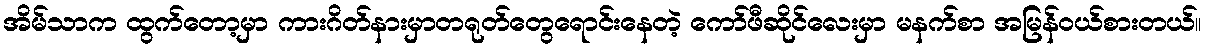
အိမ်သာက ထွက်တော့မှာ ကားဂိတ်နားမှာတရုတ်တွေရောင်းနေတဲ့ ကော်ဖီဆိုင်လေးမှာ မနက်စာ အမြန်ဝယ်စားတယ်။